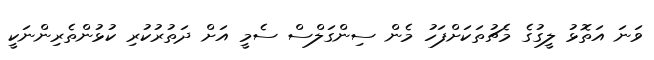
ވަނަ އަތޮޅު ލީގުގެ މެޗުތަކަށްފަހު މެން ސިންގަލްސް ސެމީ އަށް ދަތުރުކުރި ކުޅުންތެރިންނަކީ